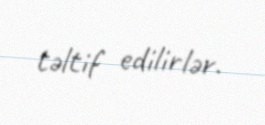
təltif edilirlər.